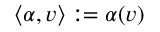
\langle \alpha , v \rangle : = \alpha ( v )